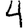
Digit: 4